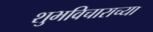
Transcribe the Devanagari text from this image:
शुभविचाराच्या